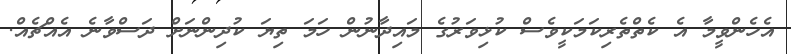
އެހެންވީމާ އެ ކެތްތެރިކަމަކީވެސް ކުޅިވަރުގެ މައިދާނުން ހަމަ ތިޔަ ކުދިންނަށް ދަސްވާނެ އެއްޗެއް.